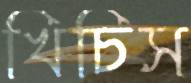
খিচিস